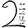
Digit: 2